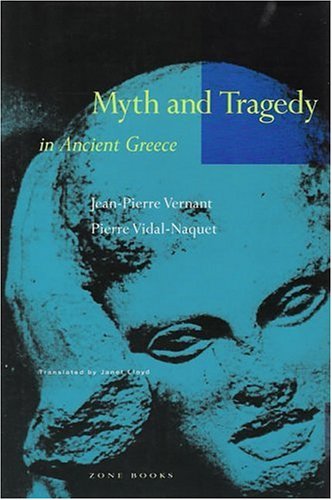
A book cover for Myth and Tragedy in Ancient Greece; Jean-Pierre Vernant; Literature & Fiction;